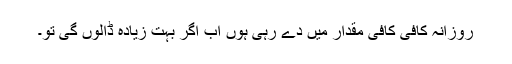
روزانہ کافی کافی مقدار میں دے رہی ہوں اب اگر بہت زیادہ ڈالوں گی تو۔